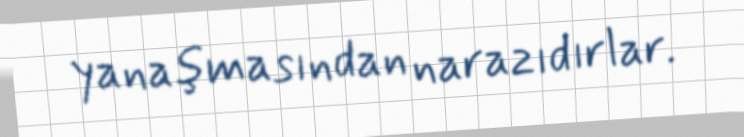
yanaşmasından narazıdırlar.